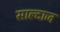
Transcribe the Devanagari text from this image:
साल्दाज